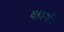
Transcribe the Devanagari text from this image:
वहस्पति